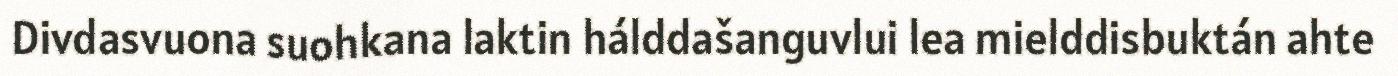
Divdasvuona suohkana laktin hálddašanguvlui lea mielddisbuktán ahte